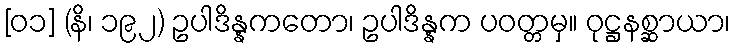
[၀၁] (နိ၊ ၁၉၂) ဥပါဒိန္နကတော၊ ဥပါဒိန္နက ပဝတ္တမှ။ ဝုဋ္ဌနစ္ဆာယာ၊